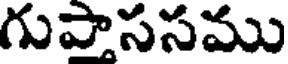
గుపాససము